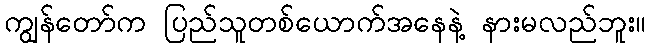
ကျွန်တော်က ပြည်သူတစ်ယောက်အနေနဲ့ နားမလည်ဘူး။